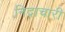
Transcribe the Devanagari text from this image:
निद्राचारी